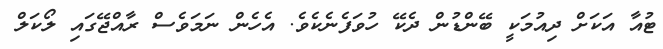
ޓުއާ އަކަށް ދިއުމަކީ ބޭންޑުން ދެކޭ ހުވަފެނެކެވެ. އެހެން ނަމަވެސް ރާއްޖޭގައި ލޯކަލް